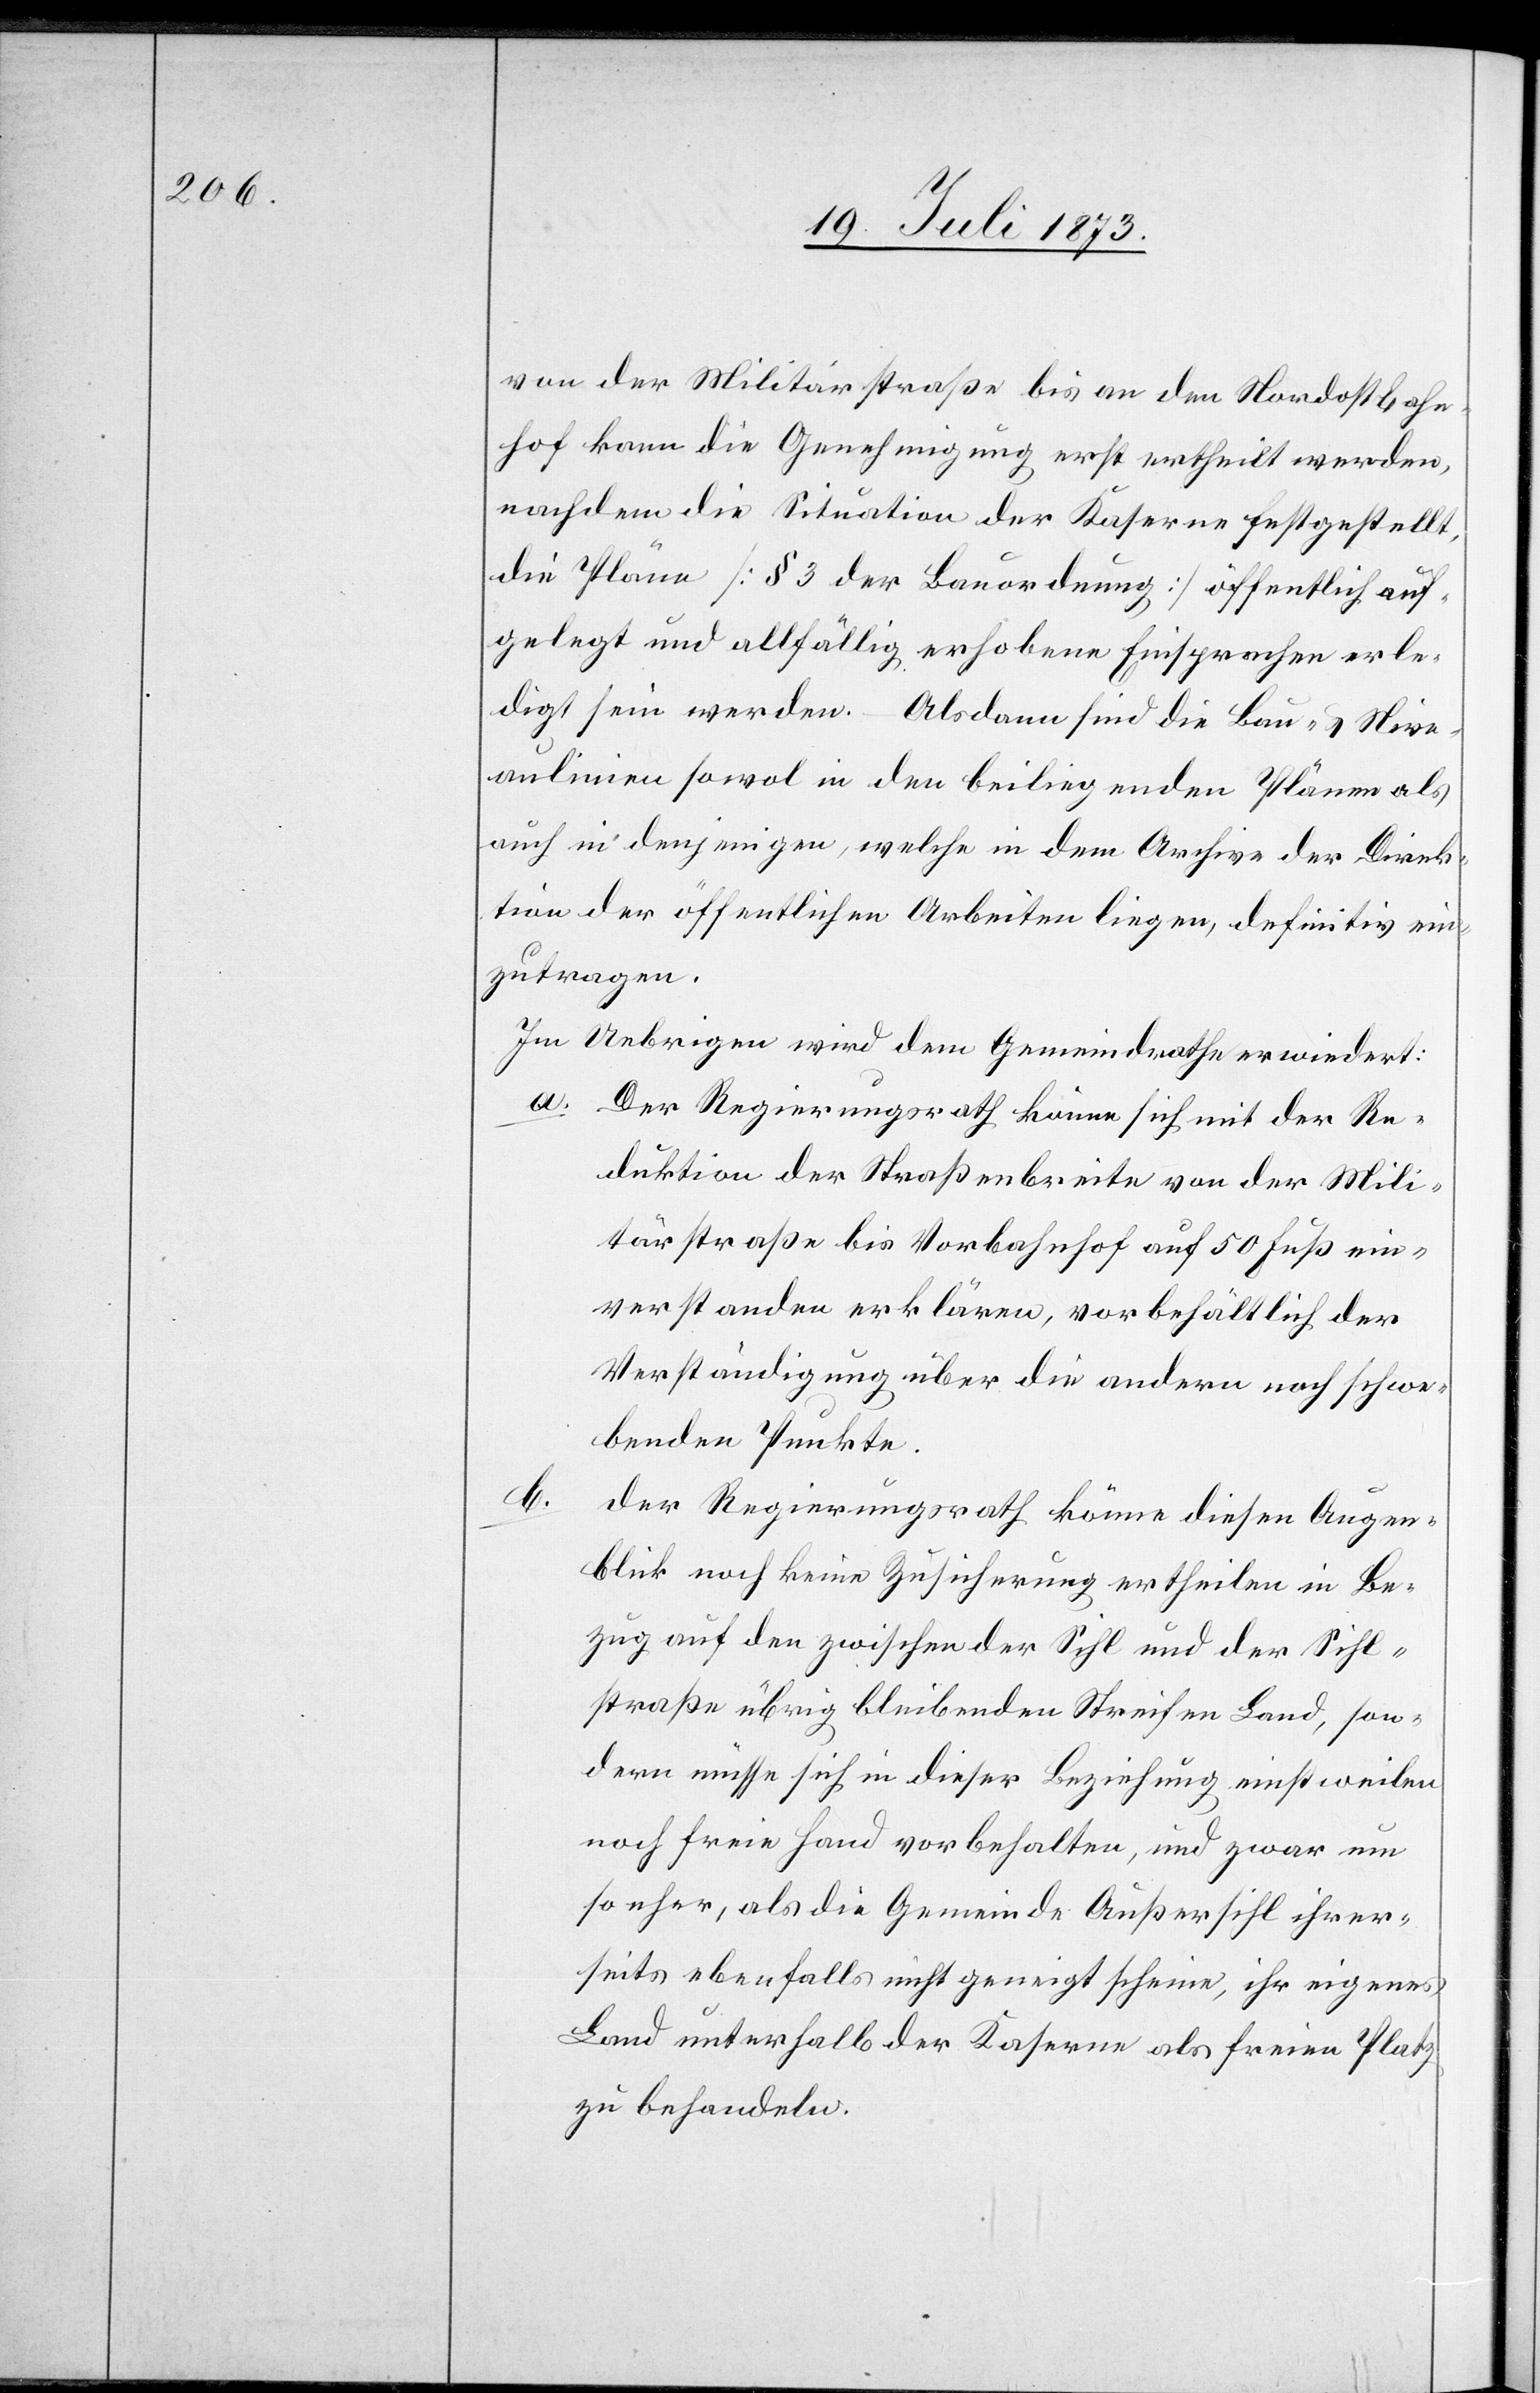
von der Militärstraße bis an den Nordostbahn¬
hof kann die Genehmigung erst ertheilt werden,
nachdem die Situation der Kaserne festgestellt,
die Pläne [§ 3 der Bauordnung] öffentlich auf¬
gelegt und allfällig erhobene Einsprachen erle¬
digt sein werden. – Alsdann sind die Bau- & Nive¬
aulinien sowol in den beiliegenden Plänen als
auch in denjenigen, welche in dem Archive der Direk¬
tion der öffentlichen Arbeiten liegen, definitiv ein¬
zutragen.
Im Uebrigen wird dem Gemeindrathe erwiedert:
a. Der Regierungsrath könne sich mit der Re¬
duktion der Straßenbreite von der Mili¬
tärstraße bis Vorbahnhof auf 50 Fuß ein¬
verstanden erklären, vorbehältlich der
Verständigung über die andern noch schwe¬
benden Punkte.
Der Regierungsrath könne diesen Augen¬
blick noch keine Zusicherung ertheilen in Be¬
zug auf den zwischen der Sihl und der Sihl¬
straße übrig bleibenden Streifen Land, son¬
dern müsse sich in dieser Beziehung einstweilen
noch freie Hand vorbehalten, und zwar um
so eher, als die Gemeinde Außersihl ihrer¬
seits ebenfalls nicht geneigt scheine, ihr eigenes
Land unterhalb der Kaserne als freien Platz
zu behandeln.